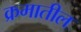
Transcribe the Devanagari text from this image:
क्रमातील